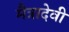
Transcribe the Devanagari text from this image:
मैत्रादेवी